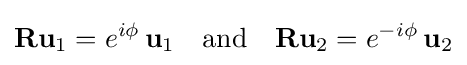
\mathbf {R} \mathbf {u} _{1}=e^{i\phi }\,\mathbf {u} _{1}\quad {\hbox{and}}\quad \mathbf {R} \mathbf {u} _{2}=e^{-i\phi }\,\mathbf {u} _{2}